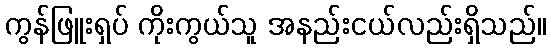
ကွန်ဖြူးရှပ် ကိုးကွယ်သူ အနည်းငယ်လည်းရှိသည်။